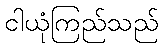
ငါယုံကြည်သည်